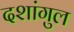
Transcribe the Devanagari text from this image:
दशांगुल